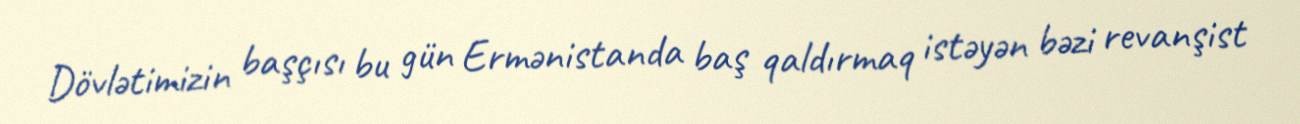
Dövlətimizin başçısı bu gün Ermənistanda baş qaldırmaq istəyən bəzi revanşist